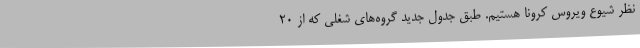
نظر شیوع ویروس کرونا هستیم. طبق جدول جدید گروه‌های شغلی که از ۲۰